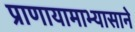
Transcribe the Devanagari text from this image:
प्राणायामाभ्यासाने